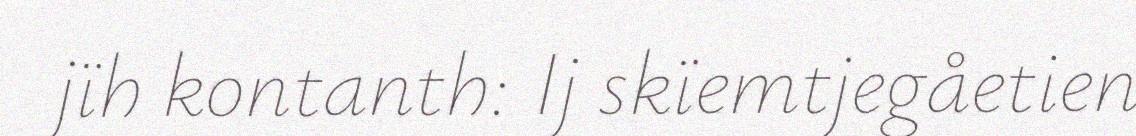
jïh kontanth: Ij skïemtjegåetien